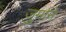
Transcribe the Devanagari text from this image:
ज़ुर्माने